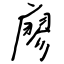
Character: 廖